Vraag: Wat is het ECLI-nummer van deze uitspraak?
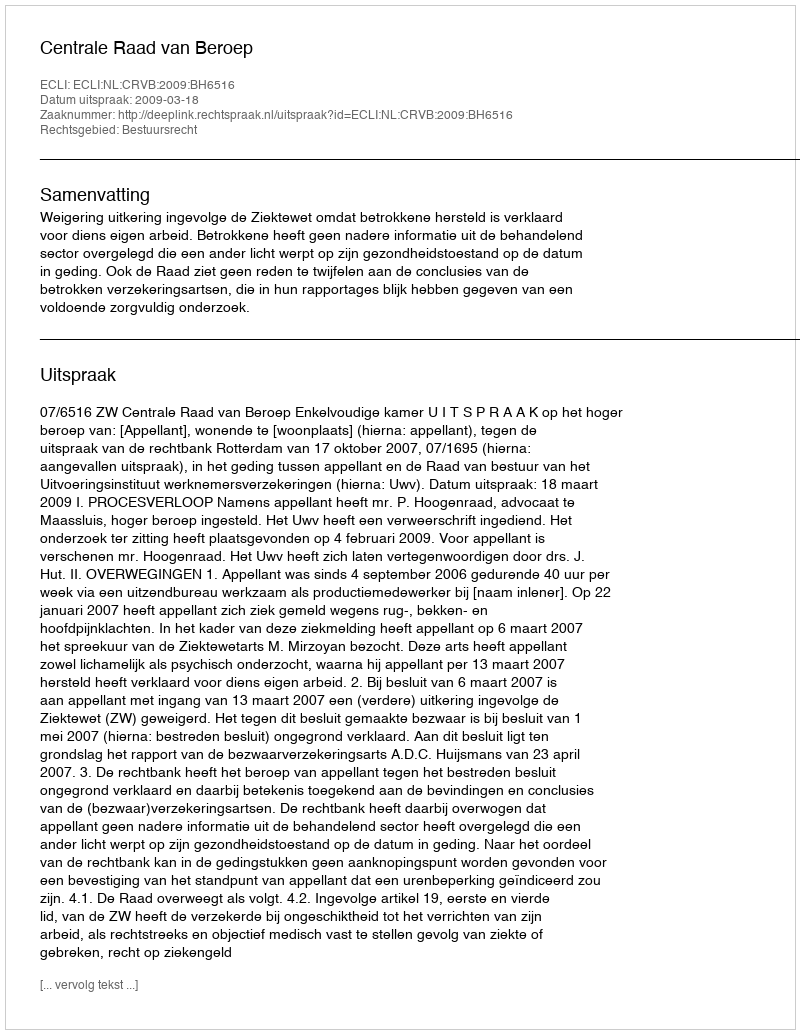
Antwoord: ECLI:NL:CRVB:2009:BH6516